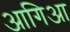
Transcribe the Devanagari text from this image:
आगिआ